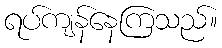
ရပ်ကျန်နေကြသည်။